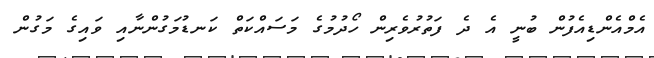
އެމްއެންޑިއެފުން ބުނީ އެ ދެ ފަތުރުވެރިން ހޯދުމުގެ މަސައްކަތް ކަނޑުމަގުންނާއި ވައިގެ މަގުން